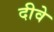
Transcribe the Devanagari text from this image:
दीवे